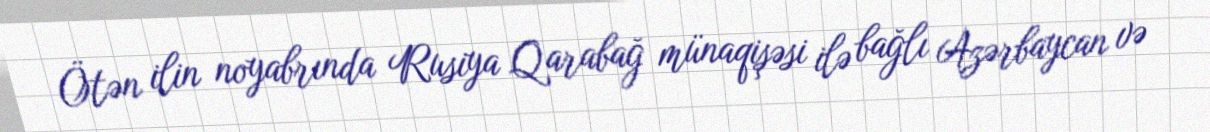
Ötən ilin noyabrında Rusiya Qarabağ münaqişəsi ilə bağlı Azərbaycan və